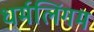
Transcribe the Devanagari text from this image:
धर्मलिंगम